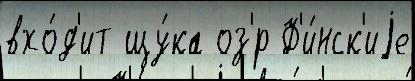
вхо́д'ит щу́ка оз'́р Ф'и́нск'иjе